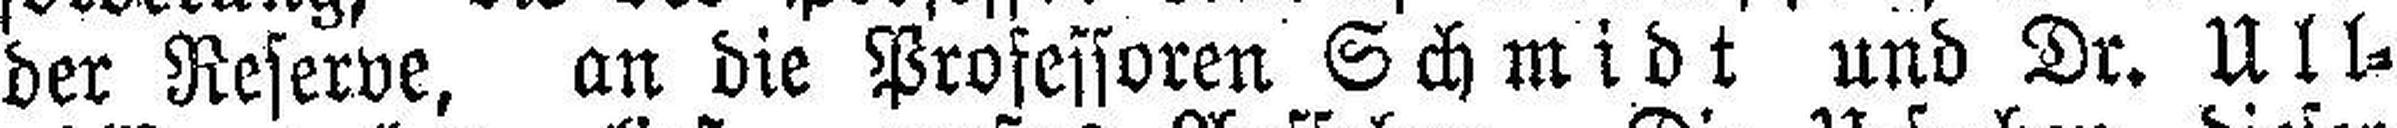
der Reserve, an die Professoren Schmidt und Dr. Ull¬